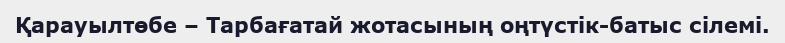
Қарауылтөбе – Тарбағатай жотасының оңтүстік-батыс сілемі.